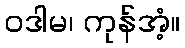
ဝဒါမ၊ ကုန်အံ့။